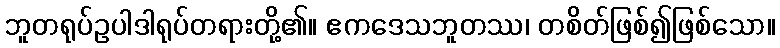
ဘူတရုပ်ဥပါဒါရုပ်တရားတို့၏။ ဧကဒေသဘူတဿ၊ တစိတ်ဖြစ်၍ဖြစ်သော။